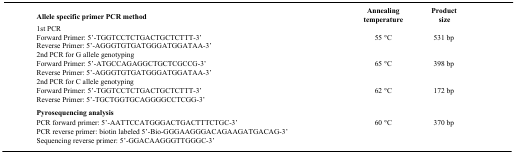
<table><thead><tr><td><b>Allele specific primer PCR method</b></td><td><b>Annealing temperature</b></td><td><b>Product size</b></td></tr></thead><tbody><tr><td colspan="3">1st PCR</td></tr><tr><td>Forward Primer: 5’-TGGTCCTCTGACTGCTCTTT-3’</td><td rowspan="2">55 °C</td><td rowspan="2">531 bp</td></tr><tr><td>Reverse Primer: 5’-AGGGTGTGATGGGATGGATAA-3’</td></tr><tr><td colspan="3">2nd PCR for G allele genotyping</td></tr><tr><td>Forward Primer: 5’-ATGCCAGAGGCTGCTCGCCG-3’</td><td rowspan="2">65 °C</td><td rowspan="2">398 bp</td></tr><tr><td>Reverse Primer: 5’-AGGGTGTGATGGGATGGATAA-3’</td></tr><tr><td colspan="3">2nd PCR for C allele genotyping</td></tr><tr><td>Forward Primer: 5’-TGGTCCTCTGACTGCTCTTT-3’</td><td rowspan="2">62 °C</td><td rowspan="2">172 bp</td></tr><tr><td>Reverse Primer: 5’-TGCTGGTGCAGGGGCCTCGG-3’</td></tr><tr><td colspan="3"><b>Pyrosequencing analysis</b></td></tr><tr><td>PCR forward primer: 5’-AATTCCATGGGACTGACTTTCTGC-3’</td><td rowspan="2">60 °C</td><td rowspan="2">370 bp</td></tr><tr><td>PCR reverse primer: biotin labeled 5’-Bio-GGGAAGGGACAGAAGATGACAG-3’</td></tr><tr><td>Sequencing reverse primer: 5’-GGACAAGGGTTGGGC-3’</td><td></td><td></td></tr></tbody></table>